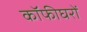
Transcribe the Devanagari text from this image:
कॉफीघरों